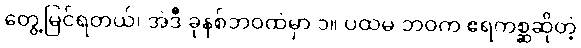
တွေ့မြင်ရတယ်၊ အဲဒီ ခုနစ်ဘဝထဲမှာ ၁။ ပထမ ဘဝက ဧရကစ္ဆဆိုတဲ့